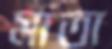
মাতা